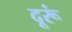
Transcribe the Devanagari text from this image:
दूरूं